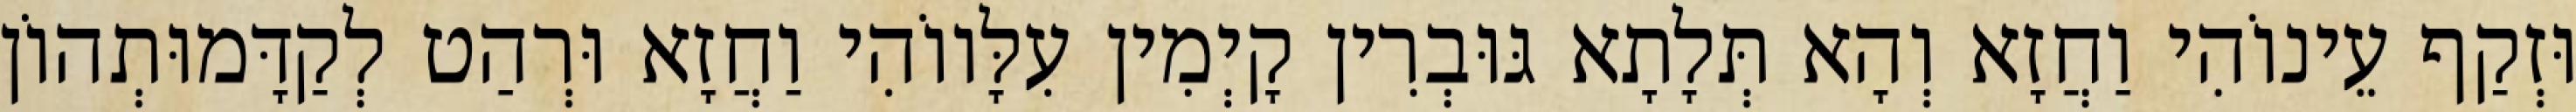
וּזְקַף עֵינוֹהִי וַחֲזָא וְהָא תְּלָתָא גּוּבְרִין קָיְמִין עִלָּווֹהִי וַחֲזָא וּרְהַט לְקַדָּמוּתְהוֹן